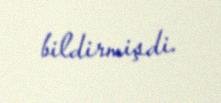
bildirmişdi.